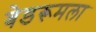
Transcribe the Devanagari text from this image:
बेडरूमला